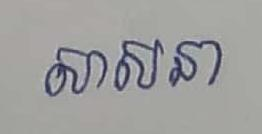
សាសនា